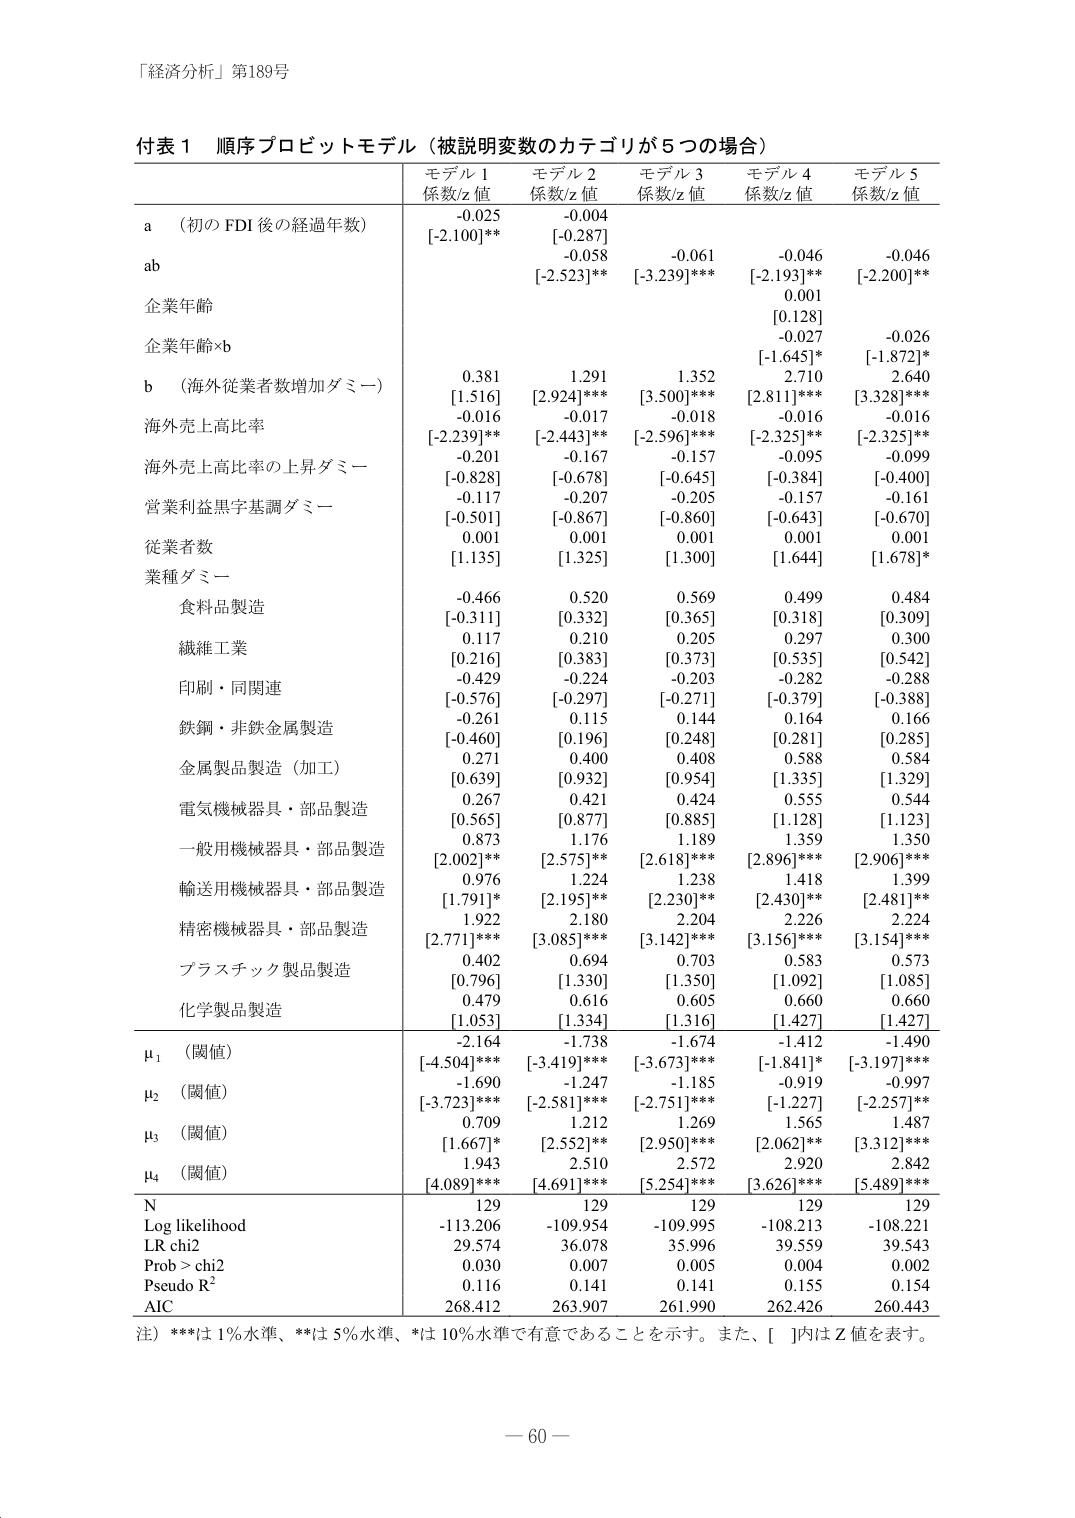
「経済分析」第189号

付表１ 順序プロビットモデル（被説明変数のカテゴリが５つの場合）

モデル１ 係数/z値
モデル２ 係数/z値
モデル３ 係数/z値
モデル４ 係数/z値
モデル５ 係数/z値

a （初のFDI後の経過年数）
-0.025
[-2.100]**
-0.004
[-0.287]
-0.058
-0.061
[-3.239]***
-0.046
[-2.193]**
-0.046
[-2.200]**

ab

企業年齢
0.001
[0.128]

企業年齢×b
-0.027
[-1.672]*
-0.026
[-1.872]*

b （海外従業者数増加ダミー）
0.381
[1.516]
1.291
[2.924]***
1.352
[3.500]***
2.710
[2.811]***
2.640
[3.328]***

海外売上高比率
-0.016
[-2.239]**
-0.017
[-2.443]**
-0.018
[-2.596]***
-0.016
[-2.325]**
-0.016
[-2.325]**

海外売上高比率の上昇ダミー
-0.201
[-0.828]
-0.167
[-0.678]
-0.157
[-0.645]
-0.095
[-0.384]
-0.099
[-0.400]

営業利益黒字基調ダミー
-0.117
[-0.501]
-0.207
[-0.867]
-0.205
[-0.860]
-0.157
[-0.643]
-0.161
[-0.670]

従業者数
0.001
[1.135]
0.001
[1.325]
0.001
[1.300]
0.001
[1.644]
0.001
[1.678]*

業種ダミー

　食料品製造
-0.466
[-0.311]
0.520
[0.332]
0.569
[0.365]
0.499
[0.318]
0.484
[0.309]

　繊維工業
0.117
[0.216]
0.210
[0.383]
0.205
[0.373]
0.297
[0.535]
0.300
[0.542]

　印刷・同関連
-0.429
[-0.576]
-0.224
[-0.297]
-0.203
[-0.271]
-0.282
[-0.379]
-0.288
[-0.388]

　鉄鋼・非鉄金属製造
-0.261
[-0.460]
0.115
[0.196]
0.144
[0.248]
0.164
[0.281]
0.166
[0.285]

　金属製品製造（加工）
0.271
[0.639]
0.400
[0.932]
0.408
[0.954]
0.588
[1.335]
0.584
[1.329]

　電気機械器具・部品製造
0.267
[0.565]
0.877
[0.885]
0.424
[0.885]
0.555
[1.128]
0.544
[1.123]

　一般用機械器具・部品製造
0.873
[2.002]**
1.176
[2.575]**
1.189
[2.618]***
1.359
[2.896]***
1.350
[2.906]***

　輸送用機械器具・部品製造
0.976
[1.791]*
1.224
[2.195]**
1.238
[2.230]**
1.418
[2.430]**
1.399
[2.481]**

　精密機械器具・部品製造
1.922
[2.771]***
2.180
[3.085]***
2.204
[3.142]***
2.226
[3.156]***
2.224
[3.154]***

　プラスチック製品製造
0.402
[0.796]
0.694
[1.330]
0.703
[1.350]
0.583
[1.092]
0.573
[1.085]

　化学製品製造
0.479
[1.053]
0.616
[1.334]
0.605
[1.316]
0.660
[1.427]
0.660
[1.427]

μ₁（閾値）
-2.164
[-4.504]***
-1.738
[-3.419]***
-1.674
[-3.673]***
-1.412
[-1.841]*
-1.490
[-3.197]***

μ₂（閾値）
-1.690
[-3.723]***
-1.247
[-2.581]***
-1.185
[-2.751]***
-0.919
[-1.227]
-0.997
[-2.257]**

μ₃（閾値）
0.709
[1.667]*
1.212
[2.552]**
1.269
[2.950]***
1.565
[2.062]**
1.487
[3.312]***

μ₄（閾値）
1.943
[4.089]***
2.510
[4.691]***
2.572
[5.254]***
2.920
[3.626]***
2.842
[5.489]***

N
129
129
129
129
129

Log likelihood
-113.206
-109.954
-109.995
-108.213
-108.221

LR chi2
29.574
36.078
35.996
39.559
39.543

Prob > chi2
0.030
0.007
0.005
0.004
0.002

Pseudo R²
0.116
0.141
0.141
0.155
0.154

AIC
268.412
263.907
261.990
262.426
260.443

注）***は1％水準、**は5％水準、*は10％水準で有意であることを示す。また、[ ]内はZ値を表す。

－ 60 －